Lock hospitals Punjab
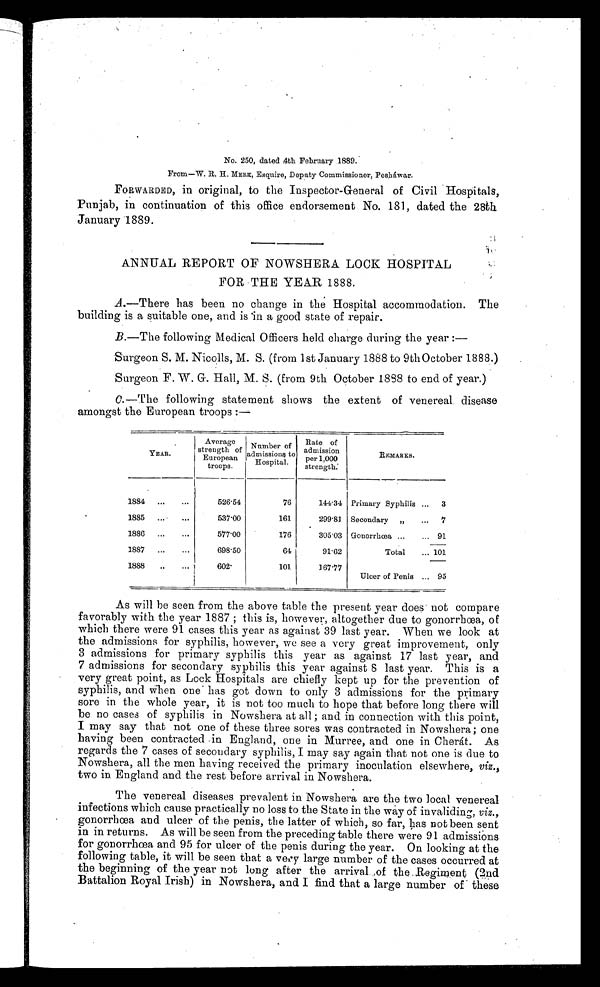
No. 250, dated 4th February 1889.
From—W. R. H. MERK, Esquire, Deputy Commissioner, Pesháwar.
FORWARDED, in original, to the Inspector-General of Civil Hospitals,
Punjab, in continuation of this office endorsement No. 181, dated the 28th
January 1889.
ANNUAL REPORT OF NOWSHERA LOCK HOSPITAL
FOR THE YEAR 1888.
A. —There has been no change in the Hospital accommodation. The
building is a suitable one, and is in a good state of repair.
B. —The following Medical Officers held charge during the year :—-
Surgeon S. M. Nicolls, M. S. (from 1st January 1888 to 9th October 1888.)
Surgeon F. W. G. Hall, M. S. (from 9th October 1888 to end of year.)
C. —The following statement shows the extent of venereal disease
amongst the European troops :—
YEAR.
Average
strength of
E u r o p e a n t r o o p s .
Number of
admission
s t o
Hospital.
Rate of
admission
per 1,000
s t r e n g t h .
REMARKS.
1884 ...
. . .
526.54
76
144.34 Primary Syphilis
. . . 3
1885 ... ...
537.00
161
2 9 9 . 8 1 Secondary „ ... 7
1886 ...
... 577.00
176
305.03 Gonorrhœa
. . .
. . .
91
1887 ...
. . .
698.50
64
91.62
Total ... 101
1888
..
...
602.
101
1 6 7 . 7 7
Ulcer of Penis... 95
As will be seen from the above table the present year does not compare
favorably with the year 1887 ; this is, however, altogether due to gonorrhœa, of
which there were 91 cases this year as against 39 last year. When we look at
the admissions for syphilis, however, we see a very great improvement, only
3 admissions for primary syphilis this year as against 17 last year, and
7 admissions for secondary syphilis this year against 8 last year. This is a
very great point, as Lock Hospitals are chiefly kept up for the prevention of
syphilis, and When one has got down to only 3 admissions for the primary
sore in the whole year, it is not too much to hope that before long there will
be no cases of syphilis in Nowshera at all ; and in connection with this point,
I may say that not one of these three sores was contracted in Nowshera; one
having been contracted .in England, one in Murree, and one in Cheárt. As
regards the 7 cases of secondary syphilis, I may say again that not one is due to
Nowshera, all the men having received the primary inoculation elsewhere, viz.,
two in. England and the rest before arrival in Nowshera.
The venereal diseases prevalent in Nowshera are the two local venereal
infections which cause practically no loss to the State in the way of invaliding, viz.,
gonorrhœa and ulcer of the penis, the latter of which, so far, has not been sent
in in returns. As will be seen from the preceding table there were 91 admissions
for gonorrhœa and 95 for ulcer of the penis during the year. On looking at the
following table, it will be seen that a very large number of the cases occurred at
the beginning of the year not long after the arrival of the Regiment (2nd
Battalion Royal Irish) in Nowshera, and I find that a large number of these